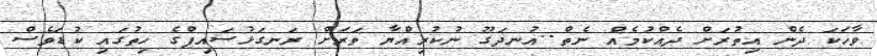
ވާހަކަ ދެން އިތުރަށް ދެއްކުމެއް ނެތް..އުނދަގޫ ނުކުރިއްޔާ ވަރަށް ރަނގަޅުސައިފްގެ ހިތުގައި ކުޑަވެސް